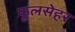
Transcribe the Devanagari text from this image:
फूलसेहर